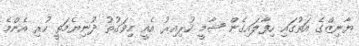
ޔާނިޒްގެ އަތުގައި ހިފާލައިގެން ޝާމީ ހުރިއިރު އެއީ މިވަގުތު ދުނިޔެމަތީ ހުރި އެންމެ